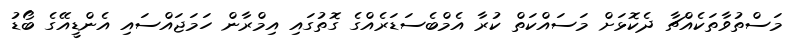
މަސްތުވާތަކެއްޗާ ދެކޮޅަށް މަސައްކަތް ކުރާ އެމްބެސަޑަރެއްގެ ގޮތުގައި އިމްރާން ހަމަޖައްސައި އެންޑީއޭގެ ބޯޑު